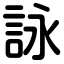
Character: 詠